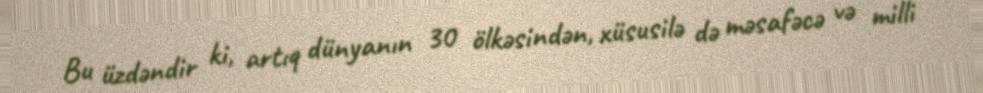
Bu üzdəndir ki, artıq dünyanın 30 ölkəsindən, xüsusilə də məsafəcə və milli